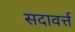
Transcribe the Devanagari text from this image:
सदावर्त्त